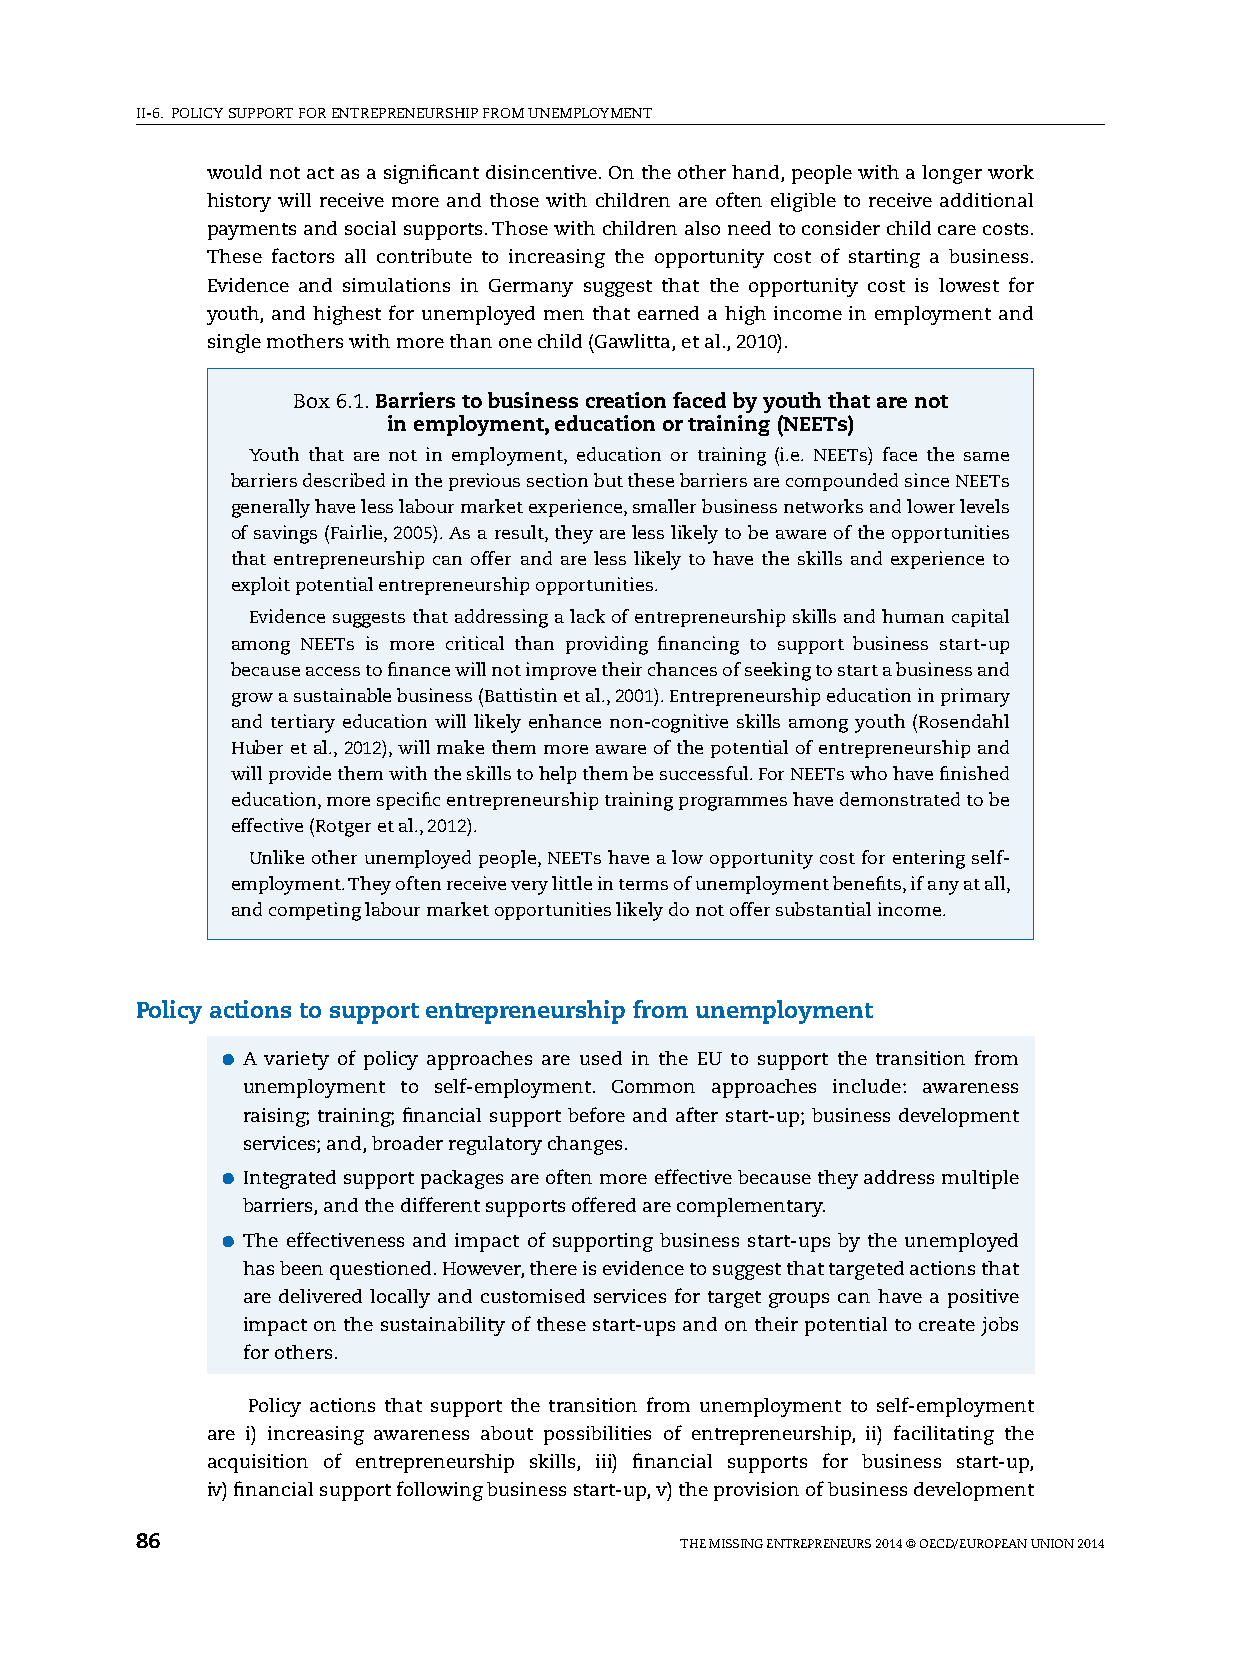
II-6. pOlICy sUppORT FOR ENTREpRENEURshIp FROM UNEMplOyMENT
 would not act as a significant disincentive. On the other hand, people with a longer work
 history will receive more and those with children are often eligible to receive additional
 payments and social supports. Those with children also need to consider child care costs.
 These factors all contribute to increasing the opportunity cost of starting a business.
 Evidence and simulations in Germany suggest that the opportunity cost is lowest for
 youth, and highest for unemployed men that earned a high income in employment and
 single mothers with more than one child (Gawlitta, et al., 2010).
 Box 6.1. Barriers to business creation faced by youth that are not
 in employment, education or training (NEETs)
 youth that are not in employment, education or training (i.e. NEETs) face the same
 barriers described in the previous section but these barriers are compounded since NEETs
 generally have less labour market experience, smaller business networks and lower levels
 of savings (Fairlie, 2005). As a result, they are less likely to be aware of the opportunities
 that entrepreneurship can offer and are less likely to have the skills and experience to
 exploit potential entrepreneurship opportunities.
 Evidence suggests that addressing a lack of entrepreneurship skills and human capital
 among NEETs is more critical than providing financing to support business start-up
 because access to finance will not improve their chances of seeking to start a business and
 grow a sustainable business (Battistin et al., 2001). Entrepreneurship education in primary
 and tertiary education will likely enhance non-cognitive skills among youth (Rosendahl
 huber et al., 2012), will make them more aware of the potential of entrepreneurship and
 will provide them with the skills to help them be successful. For NEETs who have finished
 education, more specific entrepreneurship training programmes have demonstrated to be
 effective (Rotger et al., 2012).
 Unlike other unemployed people, NEETs have a low opportunity cost for entering self-
 employment. They often receive very little in terms of unemployment benefits, if any at all,
 and competing labour market opportunities likely do not offer substantial income.
 Policy actions to support entrepreneurship from unemployment
 ●●A variety of policy approaches are used in the EU to support the transition from
 unemployment to self-employment. Common approaches include: awareness
 raising; training; financial support before and after start-up; business development
 services; and, broader regulatory changes.
 ●●Integrated support packages are often more effective because they address multiple
 barriers, and the different supports offered are complementary.
 ●●The effectiveness and impact of supporting business start-ups by the unemployed
 has been questioned. however, there is evidence to suggest that targeted actions that
 are delivered locally and customised services for target groups can have a positive
 impact on the sustainability of these start-ups and on their potential to create jobs
 for others.
 policy actions that support the transition from unemployment to self-employment
 are i) increasing awareness about possibilities of entrepreneurship, ii) facilitating the
 acquisition of entrepreneurship skills, iii) financial supports for business start-up,
 iv) financial support following business start-up, v) the provision of business development
 86                                  ThE MIssING ENTREpRENEURs 2014 © OECD/EUROpEAN UNION 2014